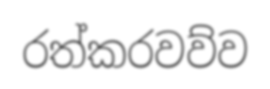
රත්කරවව්ව